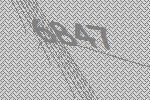
6847